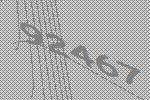
92467